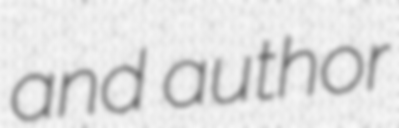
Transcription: and author